Scientific memoirs by medical officers of the Army of India - Part V,
Year: 1890
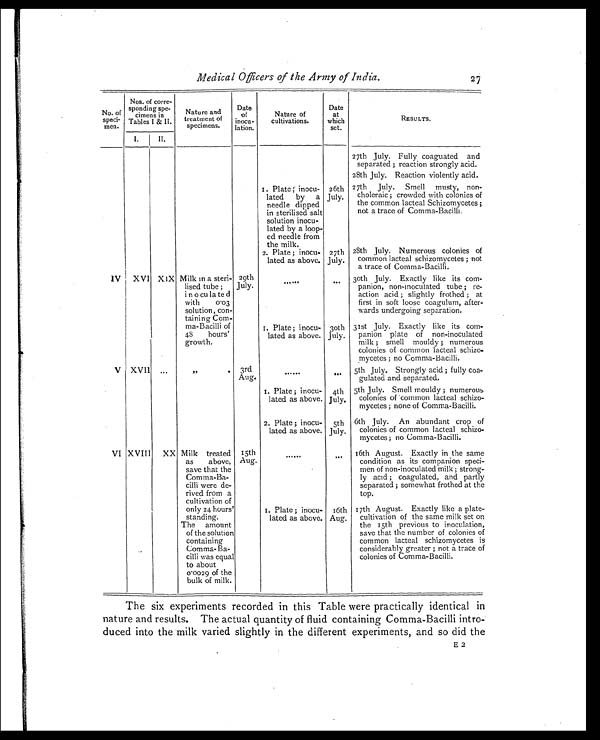
No. of
speci-
men.
Nos. of corre-
sponding spe-
cimens in
Tables I & II.
Nature and
treatment of
specimens.
Date
of
inocu-
lation.
Nature of
cultivations.
Date
at
which
set.
RESULTS.
I.
II.
27th July. Fully coaguated and
separated ; reaction strongly acid.
28th July. Reaction violently acid.
1. Plate; inocu-
lated by a
needle dipped
in sterilised salt
solution inocu-
lated by a loop-
ed needle from
the milk.
26th
July.
27th July. Smell musty, non-
choleraic ; crowded with colonies of
the common lacteal Schizomycetes ;
not a trace of Comma-Bacilli.
2. Plate ; inocu-
lated as above.
27th
July.
28th July. Numerous colonies of
common lacteal schizomycetes ; not
a trace of Comma-Bacilli.
IV IXVI XIX Milk in a steri-
lised tube ;
i n o culated
with 0.03
solution, con-
taining Com-
ma-Bacilli o
f 4 8 h o u r s '
growth.
29th
July.
. . . . . .
. . . . . . 30th July. Exactly like its corn-
panion, non-inoculated tube ; re-
action acid ; slightly frothed ; at
first in soft loose coagulum, after-
wards undergoing separation.
1 . P l a t e ; i n o c u -
lated as above.
30th
July.
31st July. Exactly like its com-
panion plate of non-inoculated
milk ; smell mouldy ; numerous
colonies of common lacteal schizo-
mycetes ; no Comma-Bacilli.
V XVII . . .
" 3r
Aug.
. . . . . .
. . . 5th July. Strongly acid ; fully coa-
gulated and separated.
1. Plate ; inocu-
lated as above.
4th
July.
5th July. Smell mouldy ; numerous
colonies of common lacteal schizo-
mycetes ; none of Comma-Bacilli.
2. Plate ; inocu-
lated as above.
5th
July.
6th July. An abundant crop of
colonies of common lacteal schizo-
mycetes ; no Comma-Bacilli.
VI XVIII XX Milk treated
as above,
save that the
Comma-Ba-
cilli were de-
rived from a
cultivation of
only 24 hours'
standing.
15th
Aug.
. . . . . .
. . . . . . 16th August. Exactly in the same
condition as its companion speci-
men of non-inoculated milk ; strong-
ly acid ; coagulated, and partly
separated ; somewhat frothed at the
top.
1. Plate ; inocu-
lated as above.
16th
Aug.
17th August. Exactly like a plate-
cultivation of the same milk set on
the 15th previous to inoculation,
save that the number of colonies of
common lacteal schizomycetes is
considerably greater ; not a trace of
colonies of Comma-Bacilli.
The amount
of the solution
containing
Comma-Ba-
cilli was equal
to about
0.0029 of the
bulk of milk.
Medical Officers of the Army of India.
27
The six experiments recorded in this Table were practically identical in
nature and results. The actual quantity of fluid containing Comma-Bacilli intro-
duced into the milk varied slightly in the different experiments, and so did the
E2